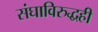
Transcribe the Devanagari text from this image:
संघाविरुद्धही